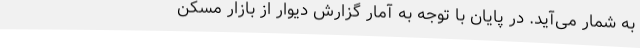
به شمار می‌آید. در پایان با توجه به آمار گزارش دیوار از بازار مسکن